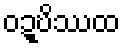
ဝဍ္ဎိဿထ